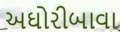
અઘોરીબાવા